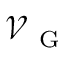
\mathcal { V } _ { \mathrm { ~ G ~ } }